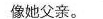
像她父亲.